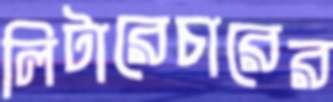
লিটারেচারের